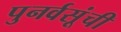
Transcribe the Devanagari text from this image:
पुनर्वसूंची